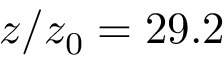
z / z _ { 0 } = 2 9 . 2